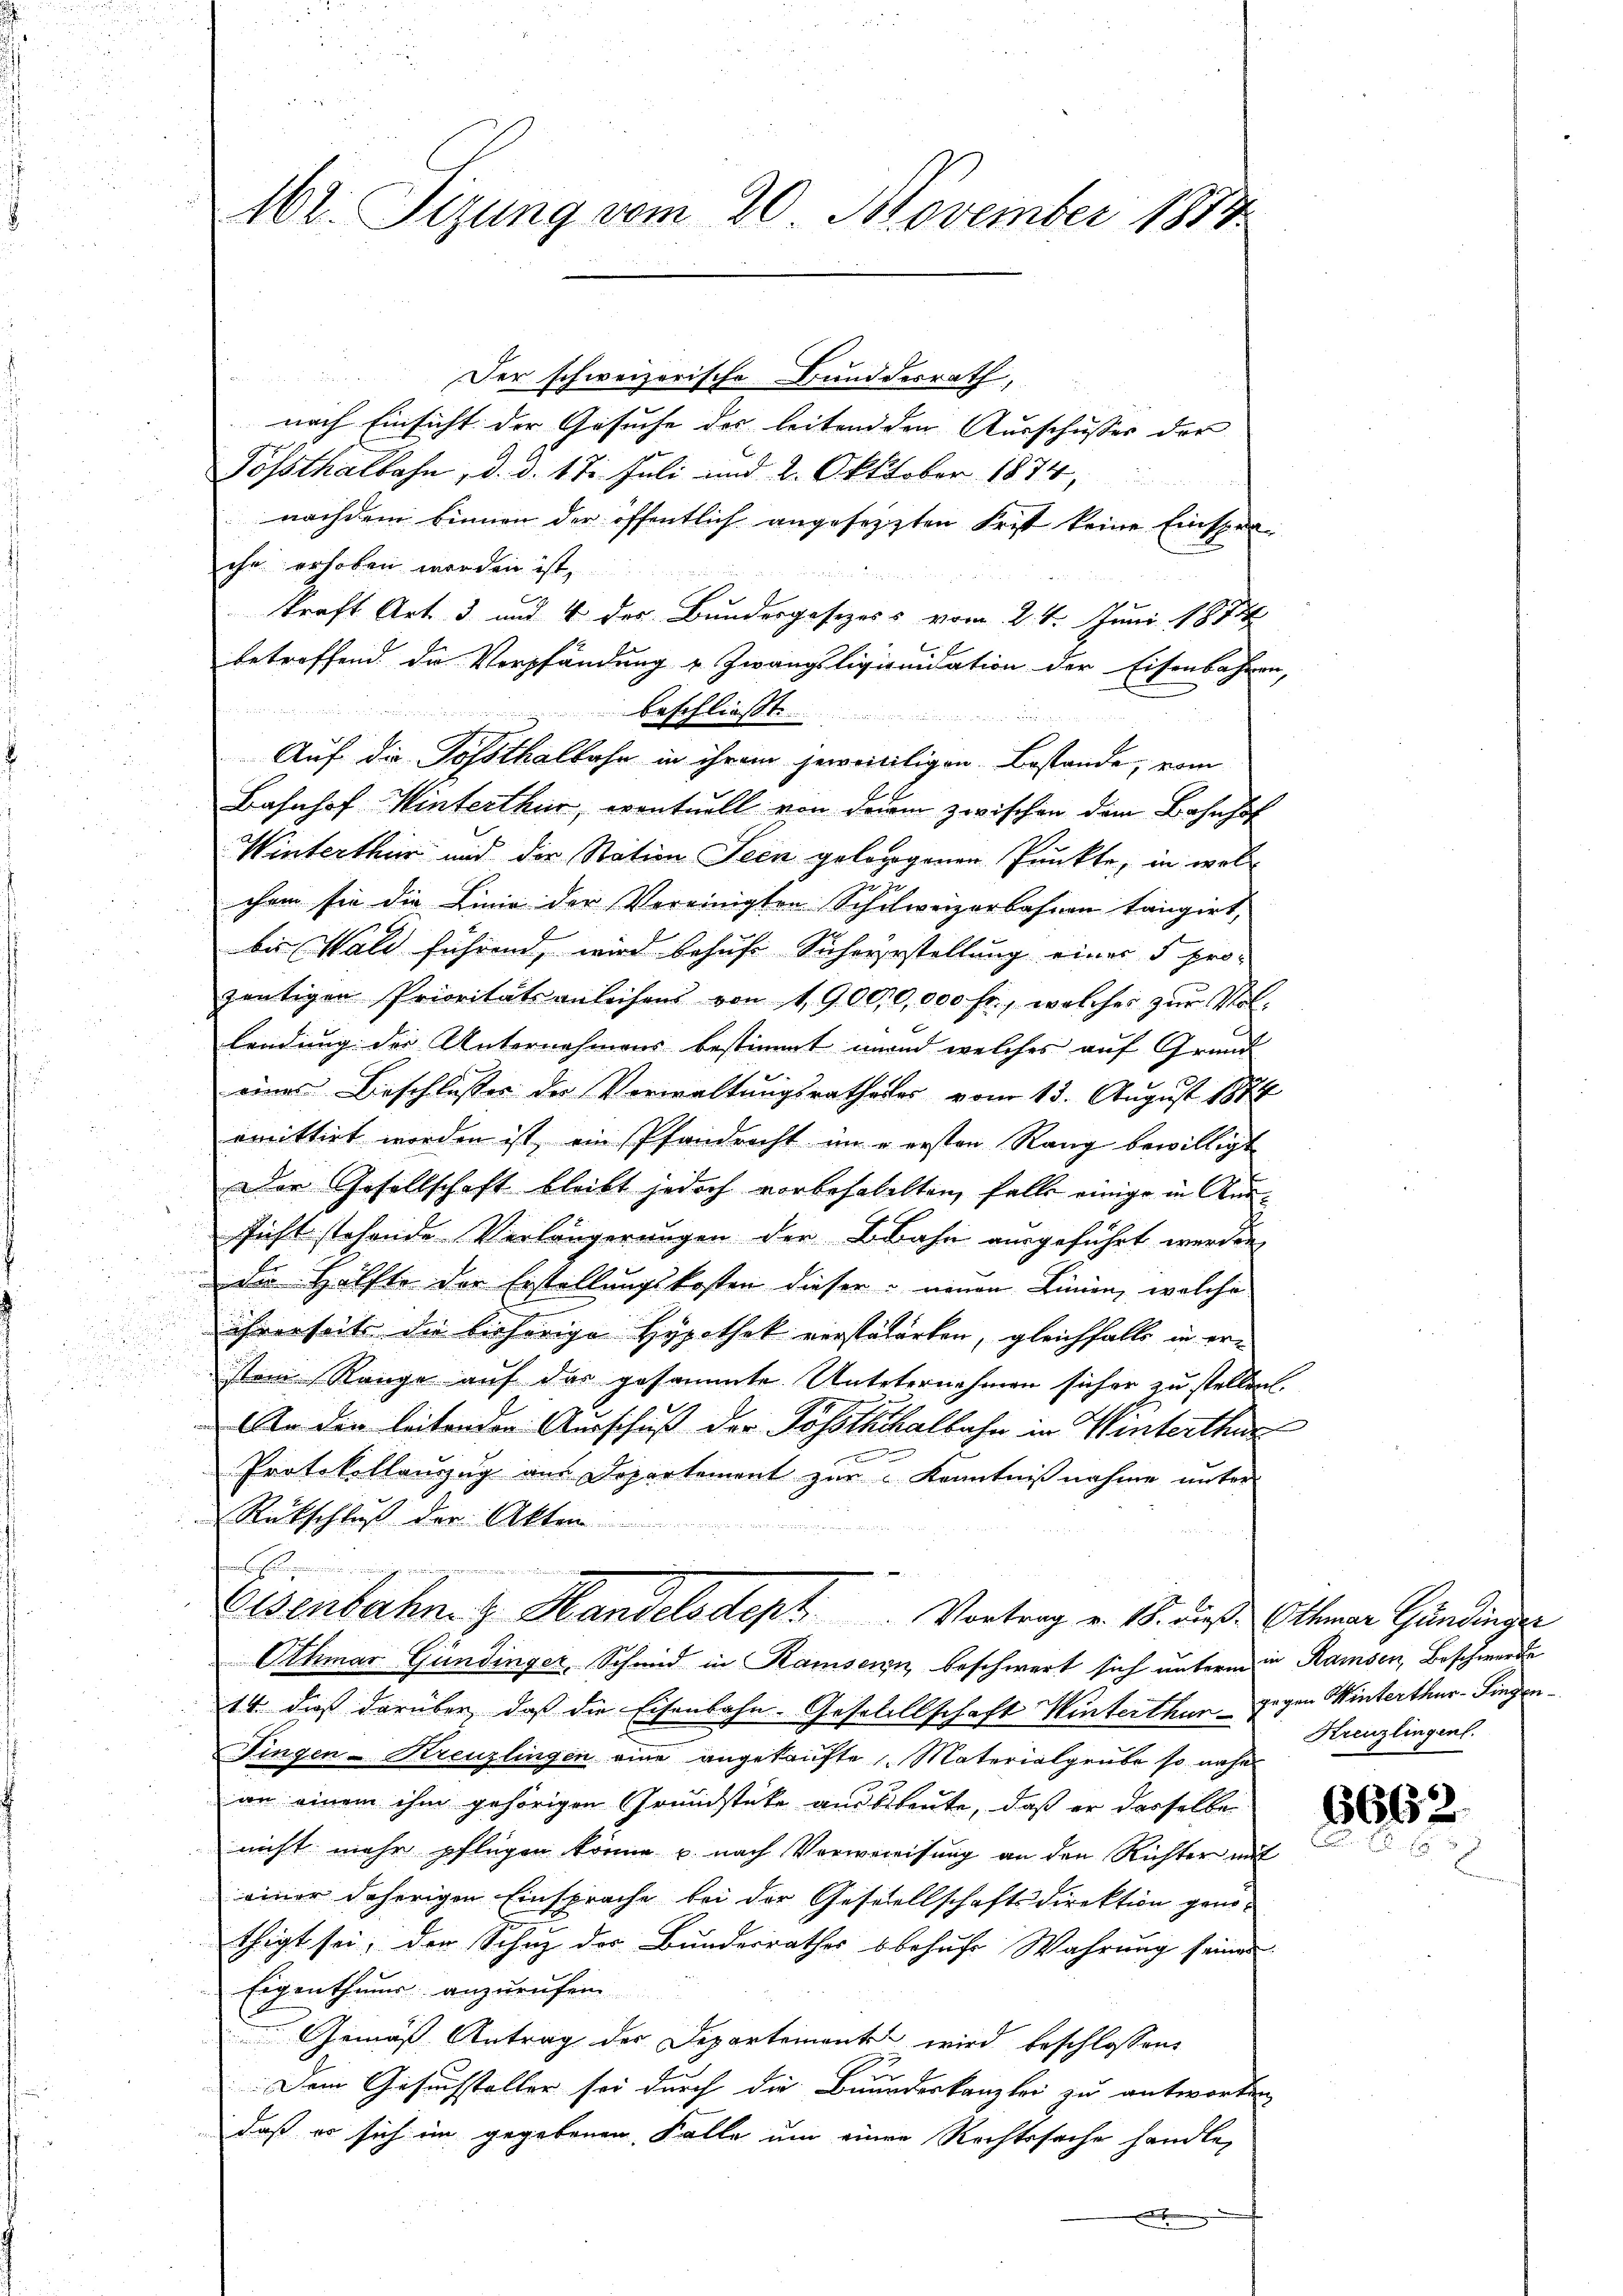
162. Sizung vom 20. November 1889

Der schweizerische Bundesrath,
nach Einsicht der Gesuche des leiten den Ausschusses der
Posthalbahn, d. d. 17. Juli und 2. Oktober 1874,

nachdem binnen der öffentlich angesetzten Frist keine Einsprache erhoben worden ist,
kraft Art. 3 und 4 des Bundergesezess vom 2. 4. Juni 1874
E
betroffend. Dr Verpfändung u. Zwangsligionidation der Eisenbahren,
beschließt.
Auf die Posthalbahn in ihrem jeweiligen Bestände, vom
Bahnhof Winterthur, eventuell von derem zwischen dem Bahnhof
Winterthur und der Station Seen geloggenen Punkte, in wel¬
u
chem sie die Linie der Vereinigten Schulweizerbahnen tangirt,
bis Wald führend, wird behufe Sicherstellung einer 5 prozeŭtigen Prioritätsanleihens von 19,000,000 fr., welches zŭr Vol-
lendung der Unternehmens bestimmt mund welches auf Grund
eines Beschlusses der Verwaltungsratheder vom 13. August 1874
omittirt worden ist, ein Pfandrecht im versten Rang bewilligt
Der Gesellschaft bleibt jedoch vorbehabelten, falle einige in Aussicht stehende Verlängerungen der Bahn ausgeführt werden,
de Hälfte der Erstellungskosten dieser neuen Linien, welche
ihrerseits die bisherige Hypothek verstälerten, gleichfalls in erstem Range auf das gesammte Unteternehmen sicher zu stellen.
An den leitenden Ausschuß der Posstuckalbahr in Winterthur
un en
Protokollanzug aus Departement zur Kenntnißnahme unter
Rückschluß der Akten
h
Eisenbahn- & Handelsdept. Vortrag v. 18. dieß. Otter Gündinger
Othmar Gündinger, Schmid in Ramsein beschwert sich unterm in Ramsen, Beschwerde
14. daß darüber, daß die Eisenbahn-Gesellschaft Winterthun gegen Winterthur–Singen¬
Fingen-Kreuzlingen eine angekaufte Materialgrube so nahe
an einem ihm gehörigen Grundstücke ausbeleute, daß er dasselbe
nicht mehr pflegen könne u. nach Verwereisung an den Richter mit
einer daherigen Einsprache bei der Gesellschaftsdirektion ganthigt sei, der Schuz der Bundesrathes behufe Wahrung seiner
Eigenthums anzurufen
Gemäß Antrag der Departementen wird beschlossen,
Zu
Dem Gesuchsteller sei durch die Beundeskanzlei zu antworten
daß er sich im gegebenen Falle um einen Rechtssache handle,
x

Kreuzlingen.

6662